Report of the Indian Hemp Drugs Commission, 1894-1895 - Volume VIII
Year: 1894
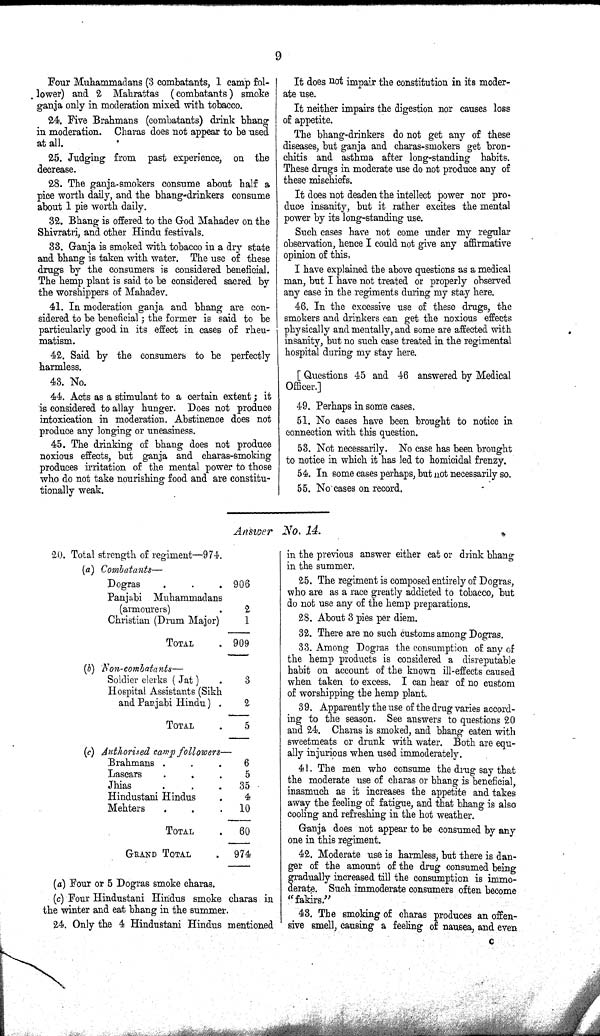
9
Four Muhammadans (3 combatants, 1 camp fol-
lower) and 2 Mahrattas (combatants) smoke
ganja only in moderation mixed with tobacco.
24. Five Brahmans (combatants) drink bhang
in moderation. Charas does not appear to be used
at all.
25. Judging from past experience, on the
decrease.
28. The ganja-smokers consume about half a
pice worth daily, and the bhang-drinkers consume
about 1 pie worth daily.
32. Bhang is offered to the God Mahadev on the
Shivratri, and other Hindu festivals.
33. Ganja is smoked with tobacco in a dry state
and bhang is taken with water. The use of these
drugs by the consumers is considered beneficial.
The hemp plant is said to be considered sacred by
the worshippers of Mahadev.
41. In moderation ganja and bhang are con-
sidered to be beneficial; the former is said to be
particularly good in its effect in cases of rheu-
matism.
42. Said by the consumers to be perfectly
harmless.
43. No.
44. Acts as a stimulant to a certain extent; it
is considered to allay hunger. Does not produce
intoxication in moderation. Abstinence does not
produce any longing or uneasiness.
45. The drinking of bhang does not produce
noxious effects, but ganja and charas-smoking
produces irritation of the mental power to those
who do not take nourishing food and are constitu-
tionally weak.
It does not impair the constitution in its moder-
ate use.
It neither impairs the digestion nor causes loss
of appetite.
The bhang-drinkers do not get any of these
diseases, but ganja and charas-smokers get bron-
chitis and asthma after long-standing habits.
These drugs in moderate use do not produce any of
these mischiefs.
It does not deaden the intellect power nor pro-
duce insanity, but it rather excites the mental
power by its long-standing use.
Such cases have not come under my regular
observation, hence I could not give any affirmative
opinion of this.
I have explained the above questions as a medical
man, but I have not treated or properly observed
any case in the regiments during my stay here.
46. In the excessive use of these drugs, the
smokers and drinkers can get the noxious effects
physically and mentally, and some are affected with
insanity, but no such case treated in the regimental
hospital during my stay here.
[Questions 45 and 46 answered by Medical
Officer.]
49. Perhaps in some cases.
51. No cases have been brought to notice in
connection with this question.
53. Not necessarily. No case has been brought
to notice in which it has led to homicidal frenzy.
54. In some cases perhaps, but not necessarily so.
55. No cases on record.
Answer No. 14.
20. Total strength of regiment—974.
(a)
Combatants—
Dogras
906
Panjabi Muhammadans
(armourers)
2
Christian (Drum Major)
1
TOTAL
909
(b) Non-combatants—
Soldier clerks (Jat)
3
Hospital Assistants (Sikh
and Panjabi Hindu)
2
TOTAL
5
(c) Authorised camp followers—
Brahmans
6
Lascars
5
Jhias
35
Hindustani Hindus
4
Mehters
10
TOTAL
60
GRAND TOTAL
974
(a) Four or 5 Dogras smoke charas.
(c) Four Hindustani Hindus smoke charas in
the winter and eat bhang in the summer.
24. Only the 4 Hindustani Hindus mentioned
in the previous answer either eat or drink bhang
in the summer.
25. The regiment is composed entirely of Dogras,
who are as a race greatly addicted to tobacco, but
do not use any of the hemp preparations.
28. About 3 pies per diem.
32. There are no such customs among Dogras.
33. Among Dogras the consumption of any of
the hemp products is considered a disreputable
habit on account of the known ill-effects caused
when taken to excess. I can hear of no custom
of worshipping the hemp plant.
39. Apparently the use of the drug varies accord-
ing to the season. See answers to questions 20
and 24. Charas is smoked, and bhang eaten with
sweetmeats or drunk with water. Both are equ-
ally injurious when used immoderately.
41. The men who consume the drug say that
the moderate use of charas or bhang is beneficial,
inasmuch as it increases the appetite and takes
away the feeling of fatigue, and that bhang is also
cooling and refreshing in the hot weather.
Ganja does not appear to be consumed by any
one in this regiment.
42. Moderate use is harmless, but there is dan-
ger of the amount of the drug consumed being
gradually increased till the consumption is immo-
derate. Such immoderate consumers often become
"fakirs."
43. The smoking of charas produces an offen-
sive smell, causing a feeling of nausea, and even
C